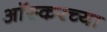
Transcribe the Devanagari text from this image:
आॅस्करच्या